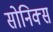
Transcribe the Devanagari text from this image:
सोनिक्स